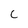
Character: C